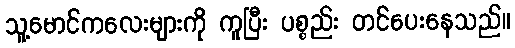
သူ့မောင်ကလေးများကို ကူပြီး ပစ္စည်း တင်ပေးနေသည်။